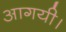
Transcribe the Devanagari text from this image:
आगयी।